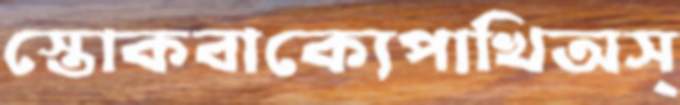
স্তোকবাক্যেপাখিঅস্